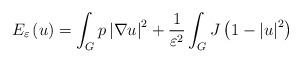
LaTeX: \begin{align*}E_{\varepsilon }\left( u\right) =\int_{G}p\left\vert \nabla u\right\vert ^{2}+\frac{1}{\varepsilon ^{2}}\int_{G}J\left( 1-\left\vert u\right\vert ^{2}\right)\end{align*}